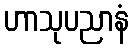
ဟာသုပညာနံ